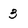
Character: 3